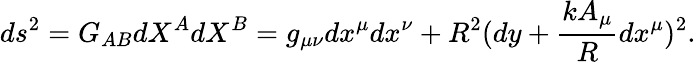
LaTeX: ds^{2}=G_{AB}{dX^{A}}{dX^{B}}=g_{\mu\nu}dx^{\mu}dx^{\nu}+R^{2}(dy+\frac{kA_{\mu}}{R}dx^{\mu})^{2}.